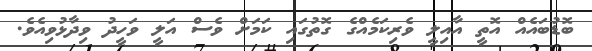
ބޮޑުބައެއް އޮތީ އާއިލީ ވެރިކަމެއްގެ ގޮތުގައި ކަމަށް ވެސް އަލީ ވަހީދު ވިދާޅުވިއެވެ.